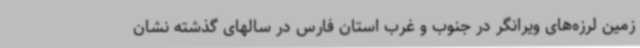
زمین لرزه‌های ویرانگر در جنوب و غرب استان فارس در سالهای گذشته نشان